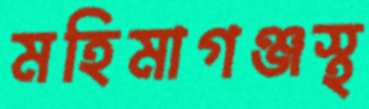
মহিমাগঞ্জস্থ